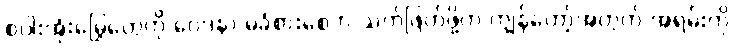
စပါးအုံးမြွေတွေကို ဝေဒနာ မခံစားစေဘဲ သတ်ဖြတ်ဖို့က ကျွန်တော့်အတွက် အရမ်းကို